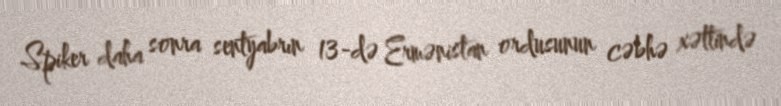
Spiker daha sonra sentyabrın 13-də Ermənistan ordusunun cəbhə xəttində